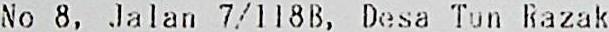
NO 8, JALAN 7/118B, DESA TUN RAZAK